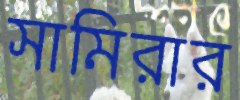
সামিরার